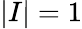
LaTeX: \left|I\right|=1